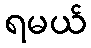
ရမယ်